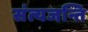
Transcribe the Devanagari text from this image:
संत्यजन्ति